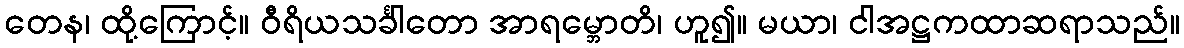
တေန၊ ထို့ကြောင့်။ ဝီရိယသင်္ခါတော အာရမ္ဘောတိ၊ ဟူ၍။ မယာ၊ ငါအဋ္ဌကထာဆရာသည်။